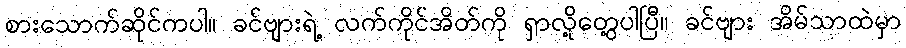
စားသောက်ဆိုင်ကပါ။ ခင်ဗျားရဲ့ လက်ကိုင်အိတ်ကို ရှာလို့တွေ့ပါပြီ။ ခင်ဗျား အိမ်သာထဲမှာ